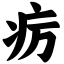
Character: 疠